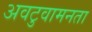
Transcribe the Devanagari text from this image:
अवटुवामनता